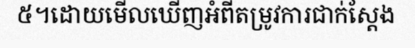
៥។ដោយមើលឃើញអំពីតម្រូវការជាក់ស្តែង